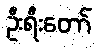
ဦးရီးတော်